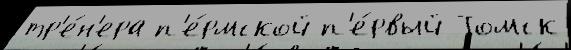
тр'е́н'ера п'е́рмской п'е́рвый Томск